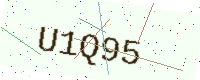
Text: U1Q95